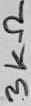
Text: 3KΩ